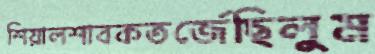
শিয়ালশাবকতর্জেছিলুম